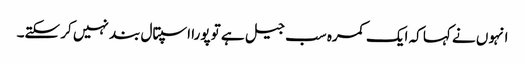
انہوں نے کہا کہ ایک کمرہ سب جیل ہے تو پورا اسپتال بند نہیں کر سکتے۔